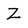
Character: Z